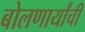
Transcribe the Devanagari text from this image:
बोलणार्यांची